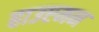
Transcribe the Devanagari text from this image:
हाउप्टमन